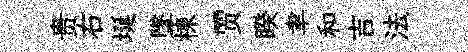
贵右埏墜棟贾睽聿和吉法